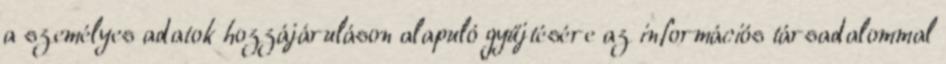
a személyes adatok hozzájáruláson alapuló gyűjtésére az információs társadalommal